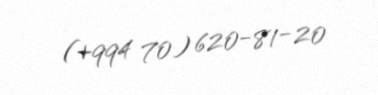
(+994 70) 620-81-20